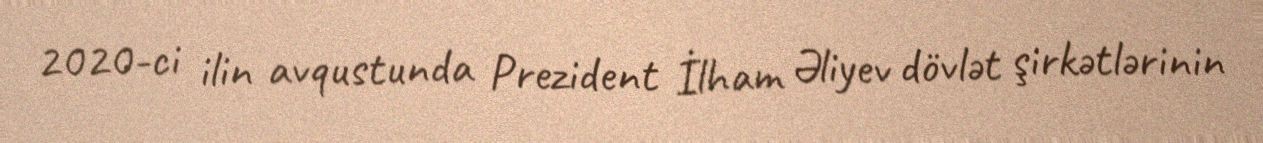
2020-ci ilin avqustunda Prezident İlham Əliyev dövlət şirkətlərinin